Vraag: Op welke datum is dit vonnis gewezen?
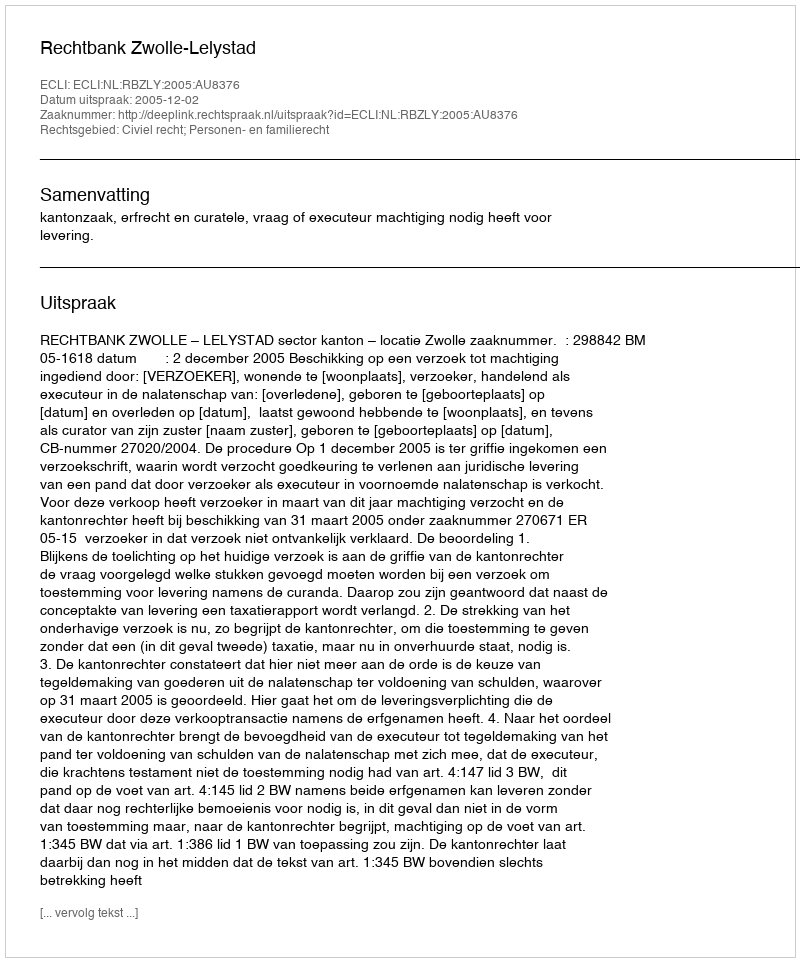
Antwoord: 2005-12-02